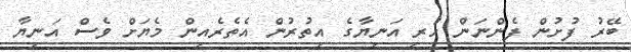
ބޭރު ފުށުން ފެންނަން ހުރި އަނިޔާގެ އިތުރުން އެތެރެއިން މެޔަށް ވެސް އަނިޔާ